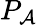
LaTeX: P_{\mathcal{A}}